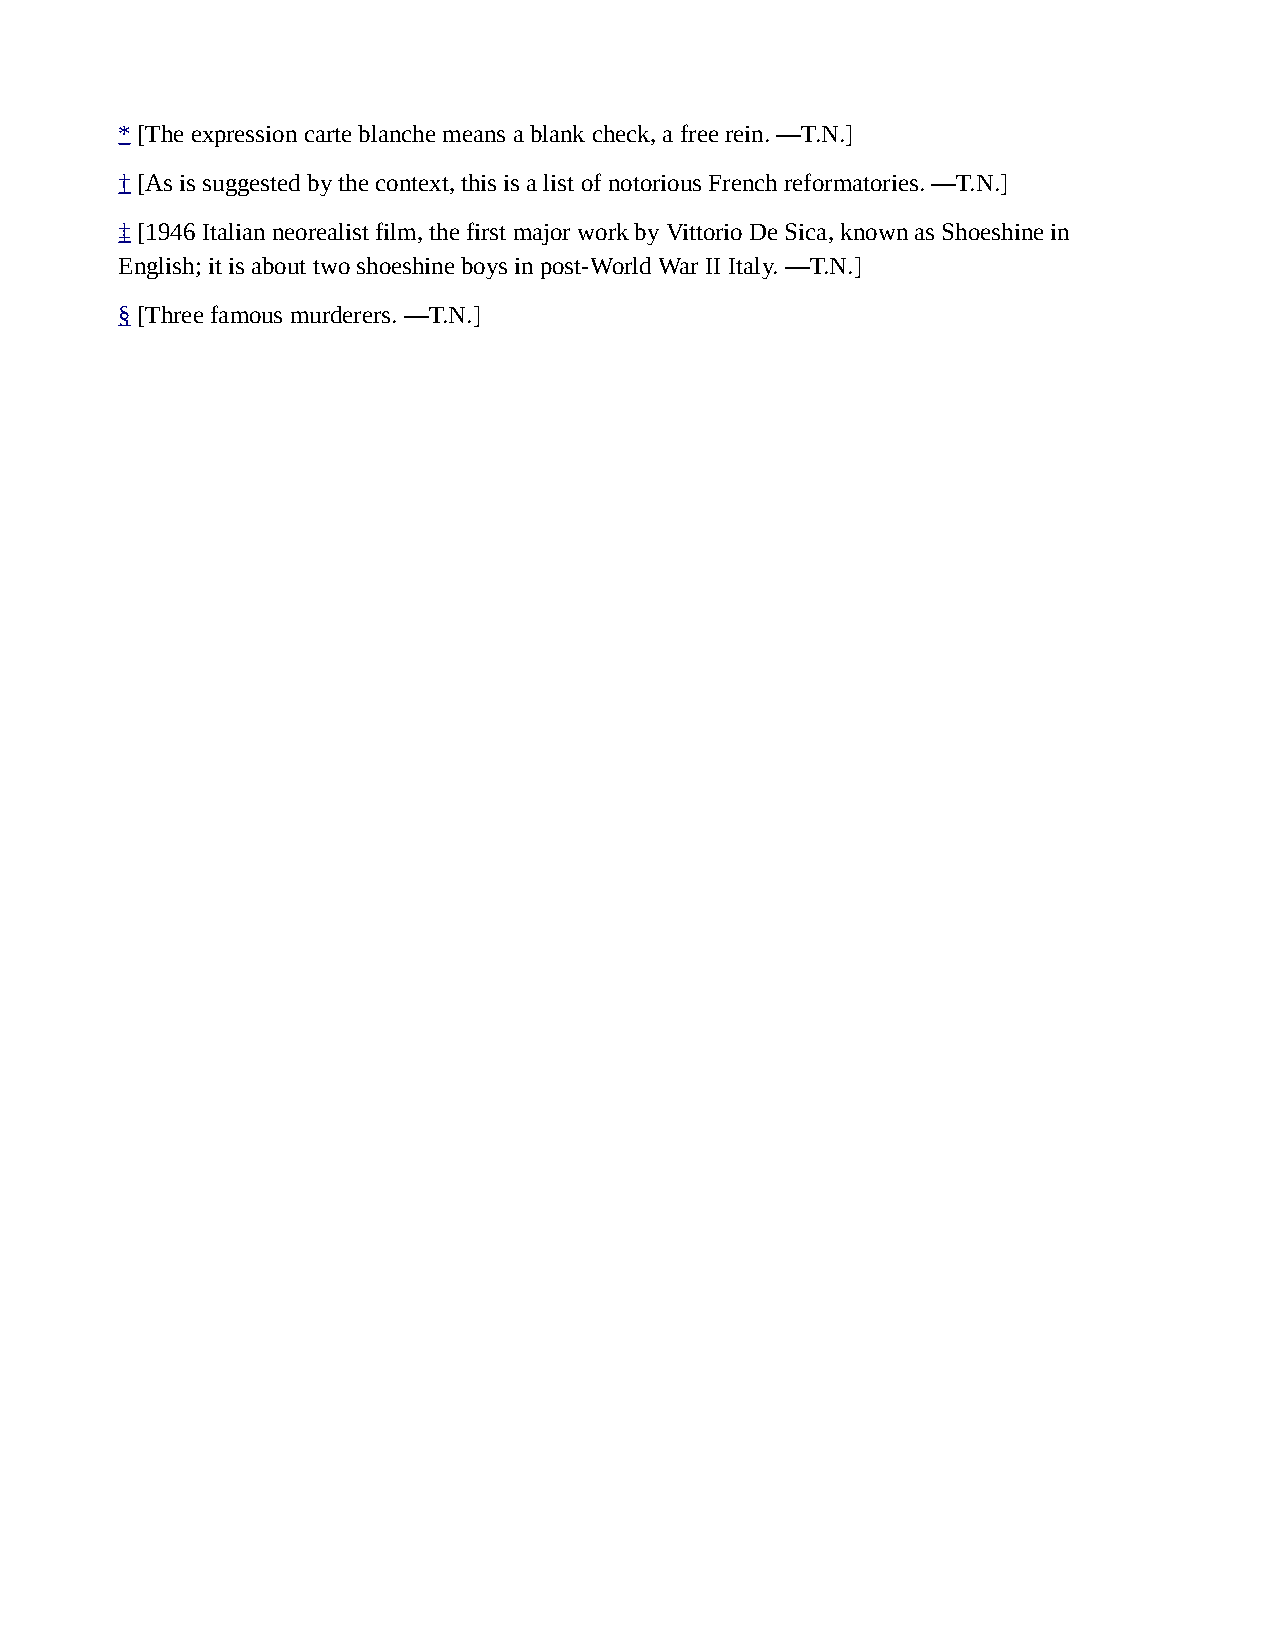
* [The expression carte blanche means a blank check, a free rein. —T.N.]
 † [As is suggested by the context, this is a list of notorious French reformatories. —T.N.]
 ‡ [1946 Italian neorealist film, the first major work by Vittorio De Sica, known as Shoeshine in
 English; it is about two shoeshine boys in post-World War II Italy. —T.N.]
 § [Three famous murderers. —T.N.]